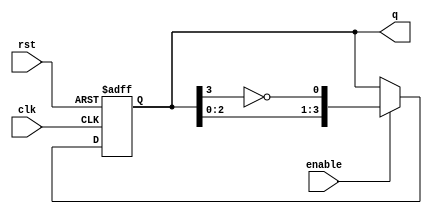
module johnson_counter #(parameter N = 4) (
    input wire clk,        // Clock input
    input wire rst,        // Asynchronous reset
    input wire enable,     // Enable signal
    output reg [N-1:0] q   // Counter output
);

// Internal signal to hold the inverted value of the last flip-flop
wire feedback;

assign feedback = ~q[N-1]; // Invert the output of the last flip-flop

always @(posedge clk or posedge rst) begin
    if (rst) begin
        q <= 0; // Reset the counter to 0
    end else if (enable) begin
        // Shift the values of the flip-flops
        q <= {q[N-2:0], feedback}; // Shift left and add the feedback to the LSB
    end
end

endmodule